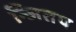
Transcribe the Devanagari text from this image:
न्जितप